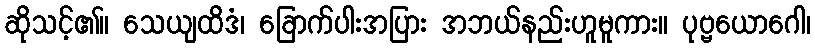
ဆိုသင့်၏။ သေယျထိဒံ၊ ခြောက်ပါးအပြား အဘယ်နည်းဟူမူကား။ ပုဗ္ဗယောဂေါ၊